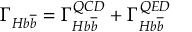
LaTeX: \Gamma _ { H b \overline { { { b } } } } = \Gamma _ { H b \overline { { { b } } } } ^ { Q C D } + \Gamma _ { H b \overline { { { b } } } } ^ { Q E D }